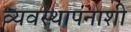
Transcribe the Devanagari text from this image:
व्यवस्थापनाशी